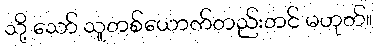
သို့ သော် သူတစ်ယောက်တည်းတင် မဟုတ်။